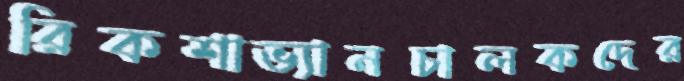
রিকশাভ্যানচালকদের